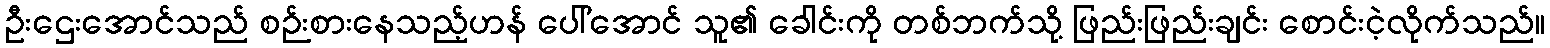
ဦးဌေးအောင်သည် စဉ်းစားနေသည့်ဟန် ပေါ်အောင် သူ၏ ခေါင်းကို တစ်ဘက်သို့ ဖြည်းဖြည်းချင်း စောင်းငဲ့လိုက်သည်။